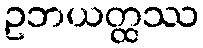
ဥဘယတ္ထဿ